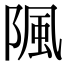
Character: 𨺢